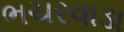
ભચરવાડા